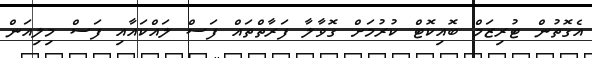
އެގޮތުން ޓުރިޒަމް ބޮއިކޮޓް ކުރުމަށް ގޮވާލާ ފަރާތްތައް ފަސް ލައްކައާއި ފަސް މިލިއަން